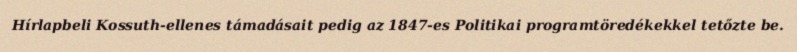
Hírlapbeli Kossuth-ellenes támadásait pedig az 1847-es Politikai programtöredékekkel tetőzte be.